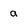
Character: a